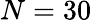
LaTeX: N=30